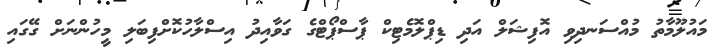
މައުލޫމާތު މުއްސަނދިވި އޮފިޝަލް އަދި ޑިޕްލޮމެޓިކް ޕާސްޕޯޓްގެ ގަވާއިދު އިސްލާހުކޮށްފިބަލި މީހުންނަށް ގޭގައި